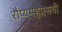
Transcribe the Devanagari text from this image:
रौप्यमहौत्सवी